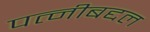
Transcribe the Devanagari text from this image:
पत्नीबद्दल